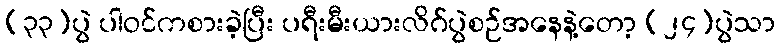
(၃၃)ပွဲ ပါဝင်ကစားခဲ့ပြီး ပရီးမီးယားလိဂ်ပွဲစဉ်အနေနဲ့တော့ (၂၄)ပွဲသာ